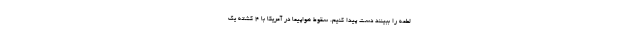
لطمه را ببینند دست پیدا کنیم. سقوط هواپیما در آمریکا با 4 کشته یک